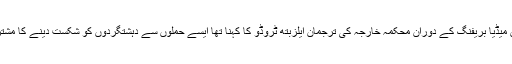
دارالحکومت واشنگٹن میں میڈیا بریفنگ کے دوران محکمہ خارجہ کی ترجمان ایلزبتھ ٹروڈو کا کہنا تھا ایسے حملوں سے دہشتگردوں کو شکست دینے کا مشترکہ عزم مضبوط ہوا ہے۔